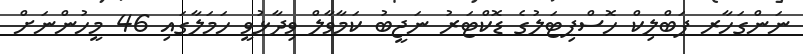
ނަންގަހާރ ޕަބްލިކް ހޮސްޕިޓަލުގެ ޑޮކްޓަރު ނަޖީބު ކަމާވާލް ވިދާޅުވީ ހަމަލާގައި 46 މީހުންނަށް